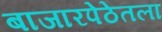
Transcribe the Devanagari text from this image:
बाजारपेठेतला